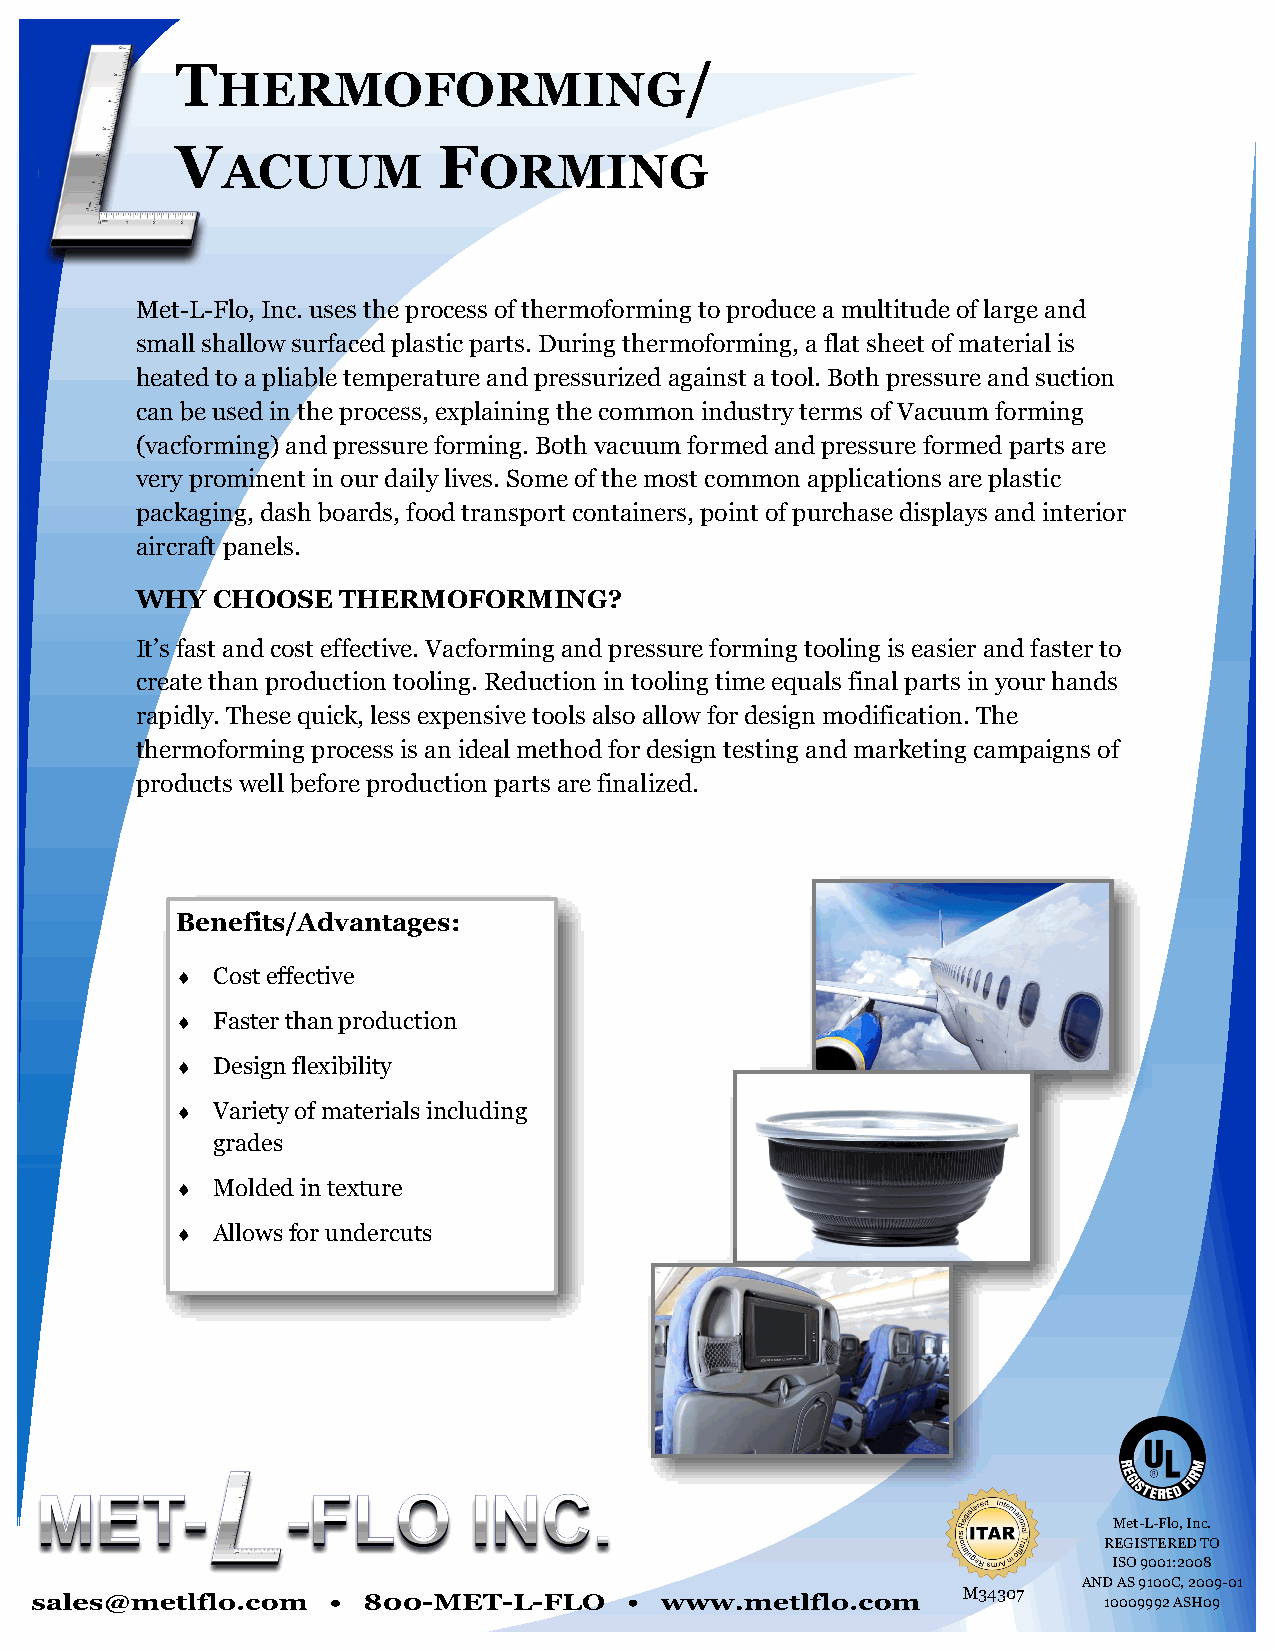
T                                /
 HERMOFORMING
 V                F
 ACUUM            ORMING
 Met-L-Flo, Inc. uses the process of thermoforming to produce a multitude of large and
 small shallow surfaced plastic parts. During thermoforming, a flat sheet of material is
 heated to a pliable temperature and pressurized against a tool. Both pressure and suction
 can be used in the process, explaining the common industry terms of Vacuum forming
 (vacforming) and pressure forming. Both vacuum formed and pressure formed parts are
 very prominent in our daily lives. Some of the most common applications are plastic
 packaging, dash boards, food transport containers, point of purchase displays and interior
 aircraft panels.
 WHY  CHOOSE   THERMOFORMING?
 It’s fast and cost effective. Vacforming and pressure forming tooling is easier and faster to
 create than production tooling. Reduction in tooling time equals final parts in your hands
 rapidly. These quick, less expensive tools also allow for design modification. The
 thermoforming process is an ideal method for design testing and marketing campaigns of
 products well before production parts are finalized.
 Benefits/Advantages:
  Cost effective
  Faster than production
  Design flexibility
  Variety of materials including
 grades
  Molded in texture
  Allows for undercuts
 Met-L-Flo, Inc.
 REGISTERED TO
 ISO 9001:2008
 AND AS 9100C, 2009-01
 M34307
 10009992 ASH09